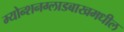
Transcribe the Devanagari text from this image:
म्योन्शनग्लाडबाखमधील